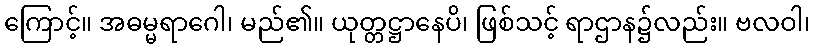
ကြောင့်။ အဓမ္မရာဂေါ၊ မည်၏။ ယုတ္တဋ္ဌာနေပိ၊ ဖြစ်သင့် ရာဌာန၌လည်း။ ဗလဝါ၊